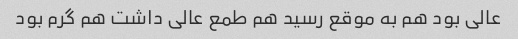
عالی بود هم به موقع رسید هم طمع عالی داشت هم گرم بود